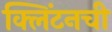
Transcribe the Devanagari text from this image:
क्लिंटनची